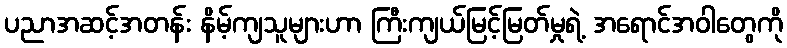
ပညာအဆင့်အတန်း နိမ့်ကျသူများဟာ ကြီးကျယ်မြင့်မြတ်မှုရဲ့ အရောင်အဝါတွေကို